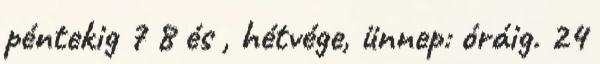
péntekig 7 8 és , hétvége, ünnep: óráig. 24